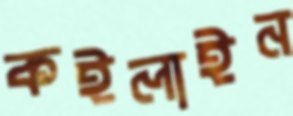
কইলাইন